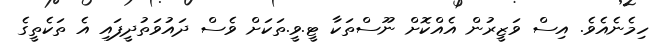
ހިމެނެއެވެ. އިސް ވަޒީރުން އެއްކޮށް ނޫސްތަކާ ޓީ.ވީ.ތަކަށް ވެސް ދައުވަތުދީފައި އެ ތަކެތީގެ